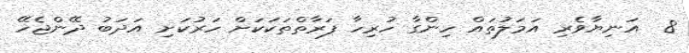
8  އަނިޔާވެރި އަމަލުތައް ހިންގާ ހުރިހާ ފަރާތްތަކަކަށް ހަރުކަށި އަދަބު ދޭންޖެހޭ